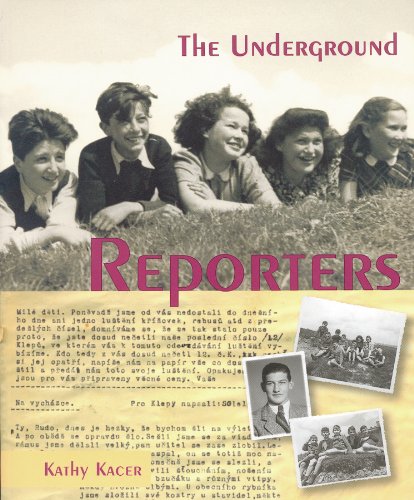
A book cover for The Underground Reporters (Holocaust Remembrance Series); Kathy Kacer; Children's Books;